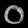
Digit: ၀